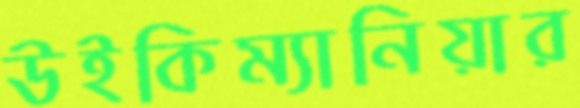
উইকিম্যানিয়ার